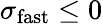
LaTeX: \sigma_{\mathrm{fast}}\le 0